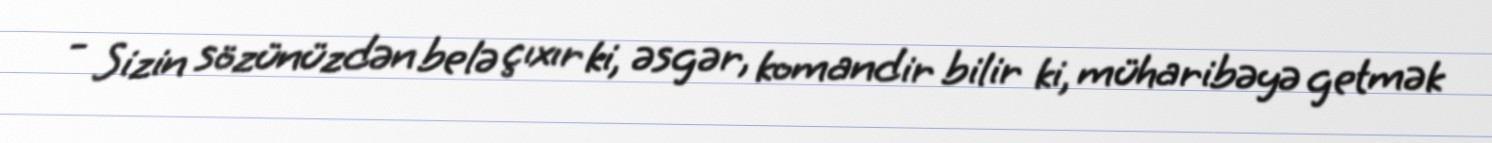
- Sizin sözünüzdən belə çıxır ki, əsgər, komandir bilir ki, müharibəyə getmək